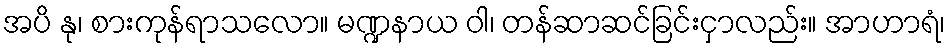
အပိ နု၊ စားကုန်ရာသလော။ မဏ္ဍနာယ ဝါ၊ တန်ဆာဆင်ခြင်းငှာလည်း။ အာဟာရံ၊